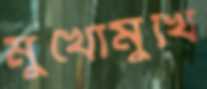
মুখোমুখি